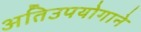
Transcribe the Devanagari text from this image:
अतिउपयोगाने